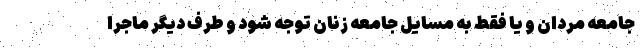
جامعه مردان و یا فقط به مسایل جامعه زنان توجه شود و طرف دیگر ماجرا